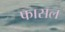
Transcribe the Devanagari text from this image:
फासल